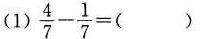
(1)$$\frac { 4 } { 7 } - \frac { 1 } { 7 } = ( )$$